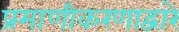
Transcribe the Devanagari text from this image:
प्रमाणीकरणाद्वारे